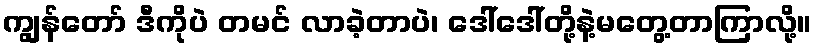
ကျွန်တော် ဒီကိုပဲ တမင် လာခဲ့တာပဲ၊ ဒေါ်ဒေါ်တို့နဲ့မတွေ့တာကြာလို့။